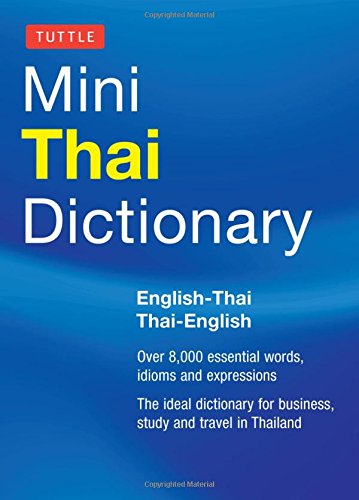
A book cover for Tuttle Mini Thai Dictionary: Thai-English / English-Thai (Tuttle Mini Dictiona); Scot Barme; Travel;